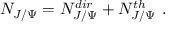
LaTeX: N _ { J / \Psi } = N _ { J / \Psi } ^ { d i r } + N _ { J / \Psi } ^ { t h } \ .